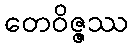
တေဝိဇ္ဇဿ